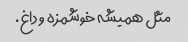
مثل همیشه خوشمزه و داغ.